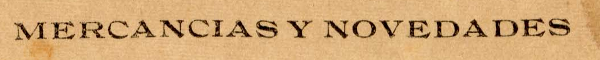
MERCANCIAS Y NOVEDADES